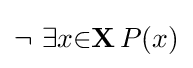
\lnot \ \exists {x}{\in }\mathbf {X} \,P(x)